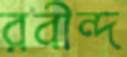
রবীন্দ